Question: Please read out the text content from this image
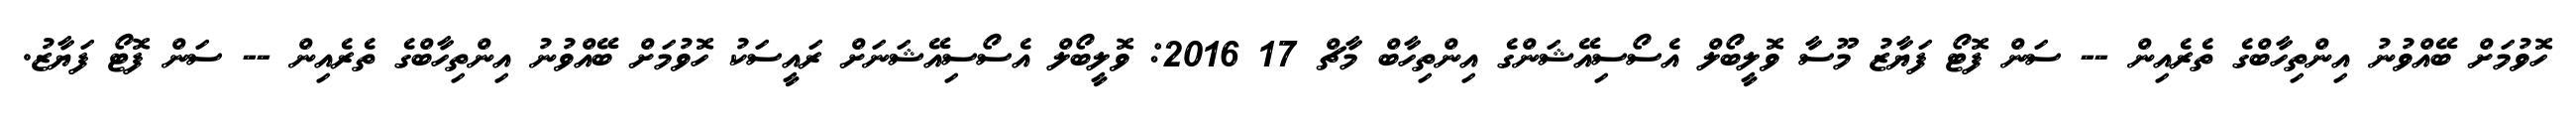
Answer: ހޮވުމަށް ބޭއްވުނު އިންތިހާބްގެ ތެރެއިން -- ސަން ފޮޓޯ ފަޔާޒު މޫސާ ވޮލީބޯލް އެސޯސިއޭޝަންގެ އިންތިހާބް މާޗް 17 2016: ވޮލީބޯލް އެސޯސިއޭޝަނަށް ރައީސަކު ހޮވުމަށް ބޭއްވުނު އިންތިހާބްގެ ތެރެއިން -- ސަން ފޮޓޯ ފަޔާޒު.